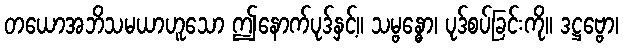
တယောအဘိသမယာဟူသော ဤနောက်ပုဒ်နှင့်။ သမ္ဗန္ဓော၊ ပုဒ်စပ်ခြင်းကို။ ဒဋ္ဌဗ္ဗော၊